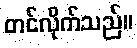
တင်လိုက်သည်။